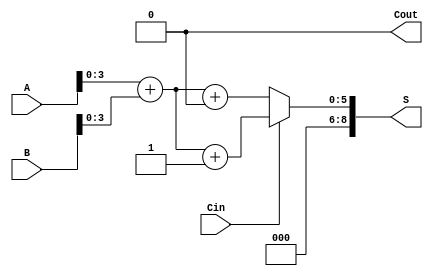
module CarrySelectAdder #(
    parameter N = 8  // Bit-width of the adder
) (
    input [N-1:0] A,           // First operand
    input [N-1:0] B,           // Second operand
    input Cin,                 // Carry input
    output [N:0] S,            // Sum output
    output Cout                // Carry output
);

    // Internal signals
    wire [N-1:0] S0, S1;       // Sums when Cin=0 and Cin=1
    wire [N-1:0] Cout0, Cout1; // Carry outs when Cin=0 and Cin=1

    // Split A and B into two halves for carry select operation
    wire [N/2-1:0] A0 = A[N-1:N/2];  // High half
    wire [N/2-1:0] A1 = A[N/2-1:0];  // Low half
    wire [N/2-1:0] B0 = B[N-1:N/2];  // High half
    wire [N/2-1:0] B1 = B[N/2-1:0];  // Low half
  
    // Low Carry Block
    assign {Cout0, S1} = A1 + B1 + 1'b0; // Compute when Cin=0
    // High Carry Block
    assign {Cout1, S0} = A1 + B1 + 1'b1; // Compute when Cin=1

    // Output selection logic
    assign S[N-1:0] = Cin ? S0 : S1;   // Select appropriate sum
    assign Cout = Cin ? Cout1 : Cout0; // Select appropriate carry-out
    assign S[N] = Cout;                 // Final carry-out

endmodule